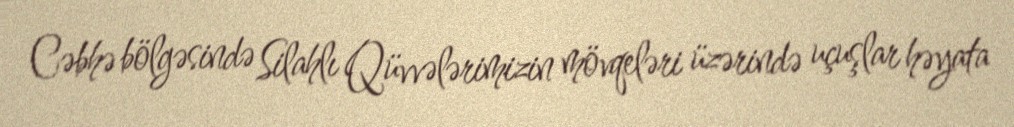
Cəbhə bölgəsində Silahlı Qüvvələrimizin mövqeləri üzərində uçuşlar həyata